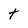
Character: T